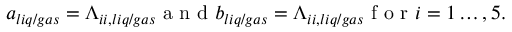
\begin{array} { r } { a _ { l i q / g a s } = \Lambda _ { i i , l i q / g a s } \mathrm { ~ a ~ n ~ d ~ } b _ { l i q / g a s } = \Lambda _ { i i , l i q / g a s } \mathrm { ~ f ~ o ~ r ~ } i = 1 \dots , 5 . } \end{array}